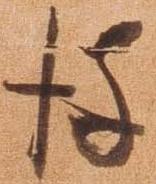
彼